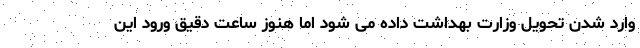
وارد شدن تحویل وزارت بهداشت داده می شود اما هنوز ساعت دقیق ورود این